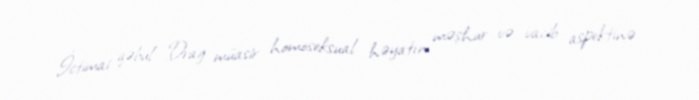
İctimai qəbul Drag müasir homoseksual həyatın məşhur və vacib aspektinə